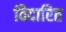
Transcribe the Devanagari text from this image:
विदारित